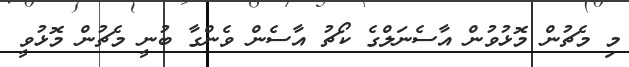
މި މެޗުން މޮޅުވުން އާސެނަލްގެ ކޯޗު އާސެން ވެންގާ ބުނީ މެޗުން މޮޅުވީ